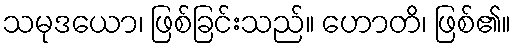
သမုဒယော၊ ဖြစ်ခြင်းသည်။ ဟောတိ၊ ဖြစ်၏။